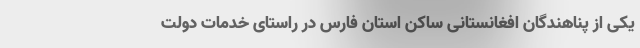
یکی از پناهندگان افغانستانی ساکن استان فارس در راستای خدمات دولت